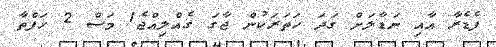
ފެޑެރާ އާއި ނަޑާލަށް ގަދަ ހަތަރަކުން ޖާގަ ގެއްލިއްޖެ1 މަސް 2 ހަފްތާ